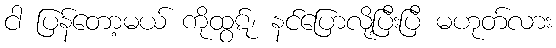
ငါ ပြန်တော့မယ် ကိုထွဋ်၊ နင်ပြောလို့ပြီးပြီ မဟုတ်လား